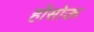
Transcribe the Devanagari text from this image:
होंसोऊ